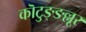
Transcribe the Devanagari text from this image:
कॊटुङ्ङल्लूर